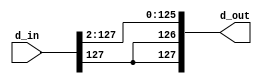
module my_ASR_2bit(d_in, d_out); // unconditionally 2bit arithmetic shift right

	input [127:0] d_in;		// 128bits input port
	output [127:0] d_out;	// 128bits output port
	
	assign d_out[125:0] = d_in[127:2];
	assign d_out[127:126] = {d_in[127], d_in[127]};

endmodule